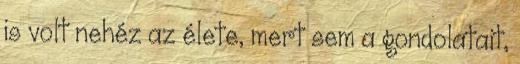
is volt nehéz az élete, mert sem a gondolatait,